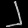
Digit: ၂